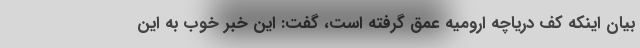
بیان اینکه کف دریاچه ارومیه عمق گرفته است، گفت: این خبر خوب به این